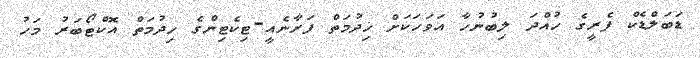
ޑަބަލްޑެކް ފެރީގެ ހުއްދަ ލިބުނުހާ އަވަހަކަށް ޚިދުމަތް ފަށާނެއީ-ޓިކެޓިންގެ ހިދުމަތް އޮކްޓޯބަރު މަހު